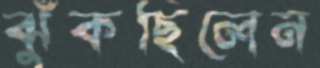
ঝুঁকছিলেন